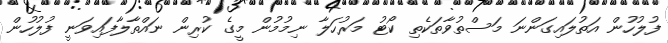
ފުލުހުން އަތުލައިގަންނަ މަސްތުވާތަކެތި ކޯޓު މަރުހަލާ ނިމުމުން މީގެ ކުރިން ނައްތާލާފައިވަނީ ފުލުހުން